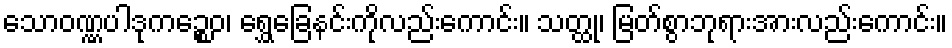
သောဝဏ္ဏပါဒုကဉ္စေဝ၊ ရွှေခြေနင်းကိုလည်းကောင်း။ သတ္ထု၊ မြတ်စွာဘုရားအားလည်းကောင်း။